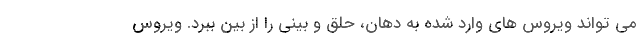
می تواند ویروس های وارد شده به دهان، حلق و بینی را از بین ببرد. ویروس